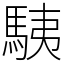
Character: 䮊